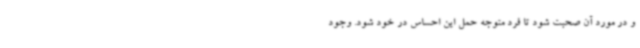
و در مورد آن صحبت شود تا فرد متوجه حمل این احساس در خود شود. وجود